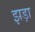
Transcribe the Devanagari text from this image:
झड़ा